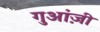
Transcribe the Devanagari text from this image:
गुआंज़ी